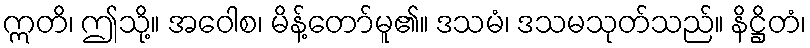
ဣတိ၊ ဤသို့။ အဝေါစ၊ မိန့်တော်မူ၏။ ဒသမံ၊ ဒသမသုတ်သည်။ နိဋ္ဌိတံ၊